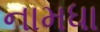
નામધા